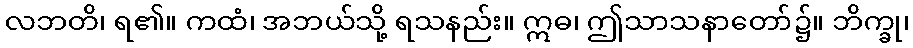
လဘတိ၊ ရ၏။ ကထံ၊ အဘယ်သို့ ရသနည်း။ ဣဓ၊ ဤသာသနာတော်၌။ ဘိက္ခု၊